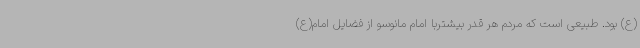
(ع) بود. طبیعی است که مردم هر قدر بیشتربا امام مانوسو از فضایل امام(ع)